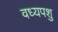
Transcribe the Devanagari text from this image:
वध्यपशु